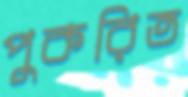
পুকরিত